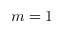
m = 1